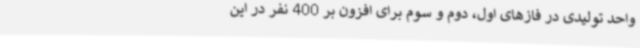
واحد تولیدی در فازهای اول، دوم و سوم برای افزون بر 400 نفر در این